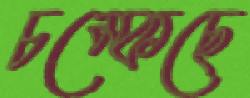
চম্‌কেছে